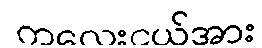
ကလေးငယ်အား